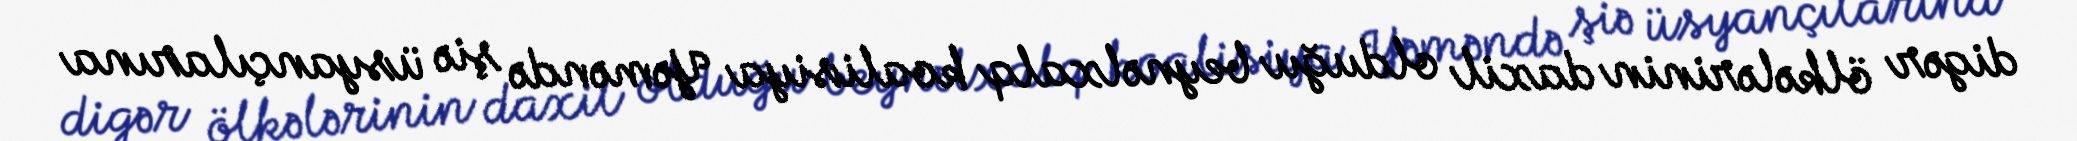
digər ölkələrinin daxil olduğu beynəlxalq koalisiya Yəməndə şiə üsyançılarına